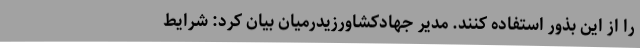
را از این بذور استفاده کنند. مدیر جهادکشاورزیدرمیان بیان کرد: شرایط